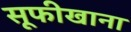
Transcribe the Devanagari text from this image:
सूफीखाना